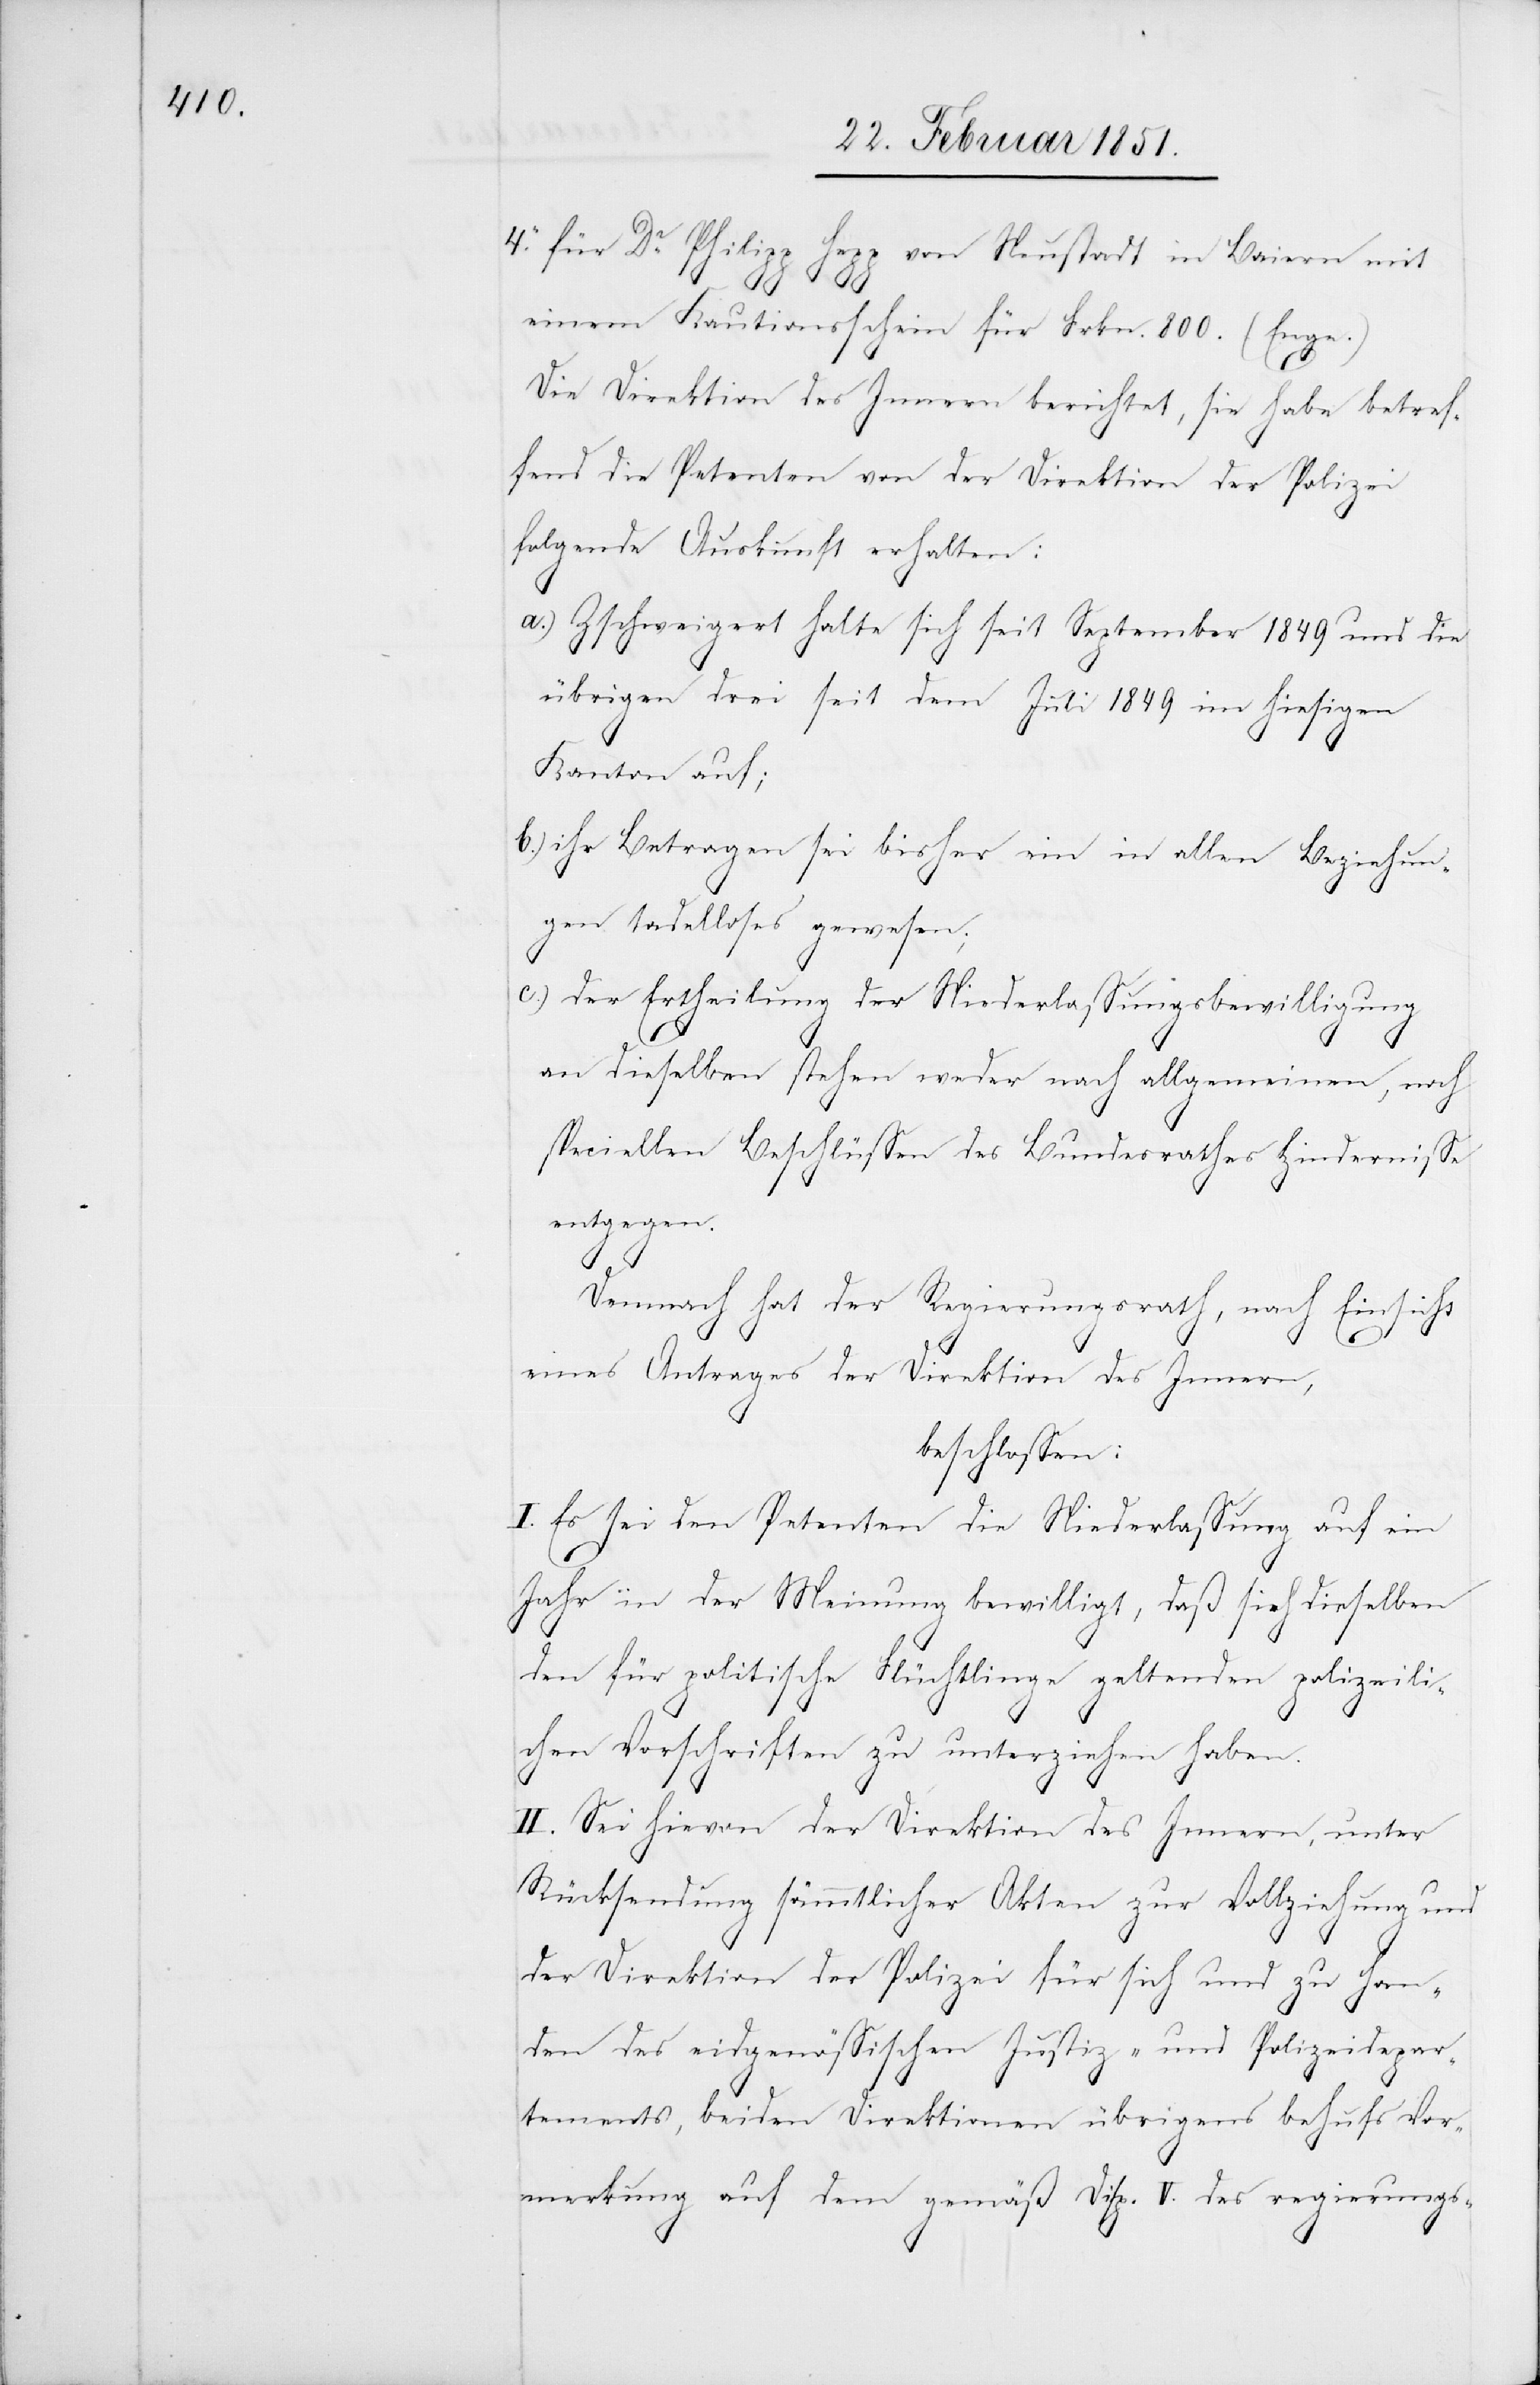
für Dr. Philipp Hepp von Neustadt in Baiern mit
einem Kautionsschein für Frkn. 800. (Enge.)
Die Direktion des Innern berichtet, sie habe betref¬
fend die Petenten von der Direktion der Polizei
folgende Auskunft erhalten:
Zschweigert halte sich seit September 1849 und die
übrigen drei seit dem Juli 1849 im hiesigen
Kanton auf;
ihr Betragen sei bisher ein in allen Beziehun¬
gen tadelloses gewesen;
der Ertheilung der Niederlassungsbewilligung
an dieselben stehen weder nach allgemeinen, noch
speciellen Beschlüssen des Bundesrathes Hindernisse
entgegen.
Demnach hat der Regierungsrath, nach Einsicht
4.
eines Antrages der Direktion des Innern,
beschlossen:
I. Es sei den Petenten die Niederlassung auf ein
Jahr in der Meinung bewilligt, daß sich dieselben
den für politische Flüchtlinge geltenden polizeili¬
chen Vorschriften zu unterziehen haben.
II. Sei hievon der Direktion des Innern, unter
Rücksendung sämmtlicher Akten zur Vollziehung und
der Direktion der Polizei für sich und zu Han¬
den des eidgenössischen Justiz- und Polizeidepar¬
tements, beiden Direktionen übrigens behufs Vor¬
merkung auf dem gemäß Disp. V. des regierungs-